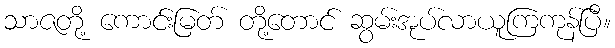
သာဇတို့ ကောင်းမြတ် တို့တောင် ဆွမ်းအုပ်လာယူကြကုန်ပြီ။